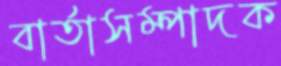
বার্তাসম্পাদক